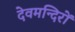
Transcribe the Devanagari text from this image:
देवमन्दिरों